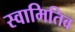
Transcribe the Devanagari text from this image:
स्वामितिव